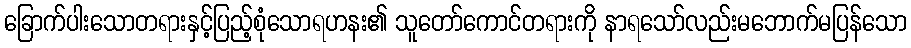
ခြောက်ပါးသောတရားနှင့်ပြည့်စုံသောရဟနး၏ သူတော်ကောင်တရားကို နာရသော်လည်းမဘောက်မပြန်သော